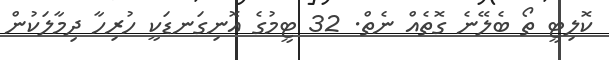
ކޮލިޓީ ތޯ ބެލޭނެ ގޮތެއް ނެތް. 32 ޓީމުގެ އޮނިގަނޑަކީ ހުރިހާ ދިމާލަކުން